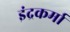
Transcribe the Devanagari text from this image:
इंद्रकर्मा